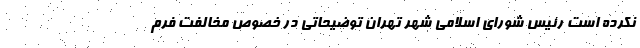
نکرده است رئیس شورای اسلامی شهر تهران توضیحاتی در خصوص مخالفت فرم